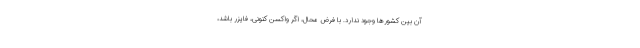
آن بین کشورها وجود ندارد. با فرض محال، اگر واکسن کنونی، فایزر باشد،